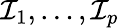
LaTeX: \mathcal{I}_{1},\ldots,\mathcal{I}_{p}